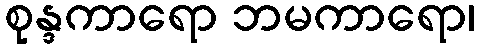
စုန္ဒကာရော ဘမကာရော၊